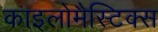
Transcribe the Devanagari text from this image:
काइलोमैस्टिक्स